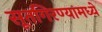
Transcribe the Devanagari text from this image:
सूतगिरण्यामध्ये